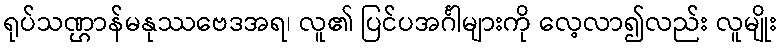
ရုပ်သဏ္ဌာန်မနုဿဗေဒအရ၊ လူ၏ ပြင်ပအင်္ဂါများကို လေ့လာ၍လည်း လူမျိုး